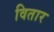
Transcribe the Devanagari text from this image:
वितार